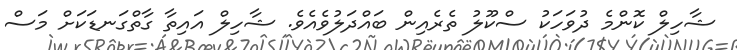
ޝާހިލް ކޮންމެ ދުވަހަކު ސްކޫލު ތެރެއިން ބައްދަލުވެއެވެ. ޝާހިލް އައިތާ ގާތްގަނޑަކަށް މަސް